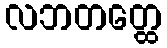
လဘတတ္ထေ